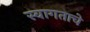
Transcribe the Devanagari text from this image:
स्वागताचे